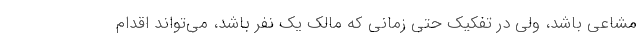
مشاعی باشد، ولی در تفکیک حتی زمانی که مالک یک نفر باشد، می‌تواند اقدام